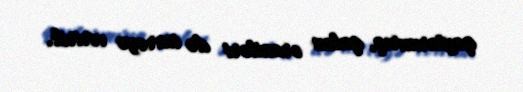
qaytarmırıq, qalan əraziləri də icarəyə veririk.